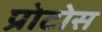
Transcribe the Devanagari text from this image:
प्रोटोस